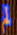
لم